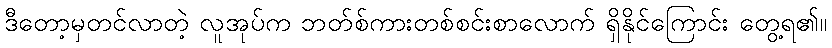
ဒီတော့မှတင်လာတဲ့ လူအုပ်က ဘတ်စ်ကားတစ်စင်းစာလောက် ရှိနိုင်ကြောင်း တွေ့ရ၏။